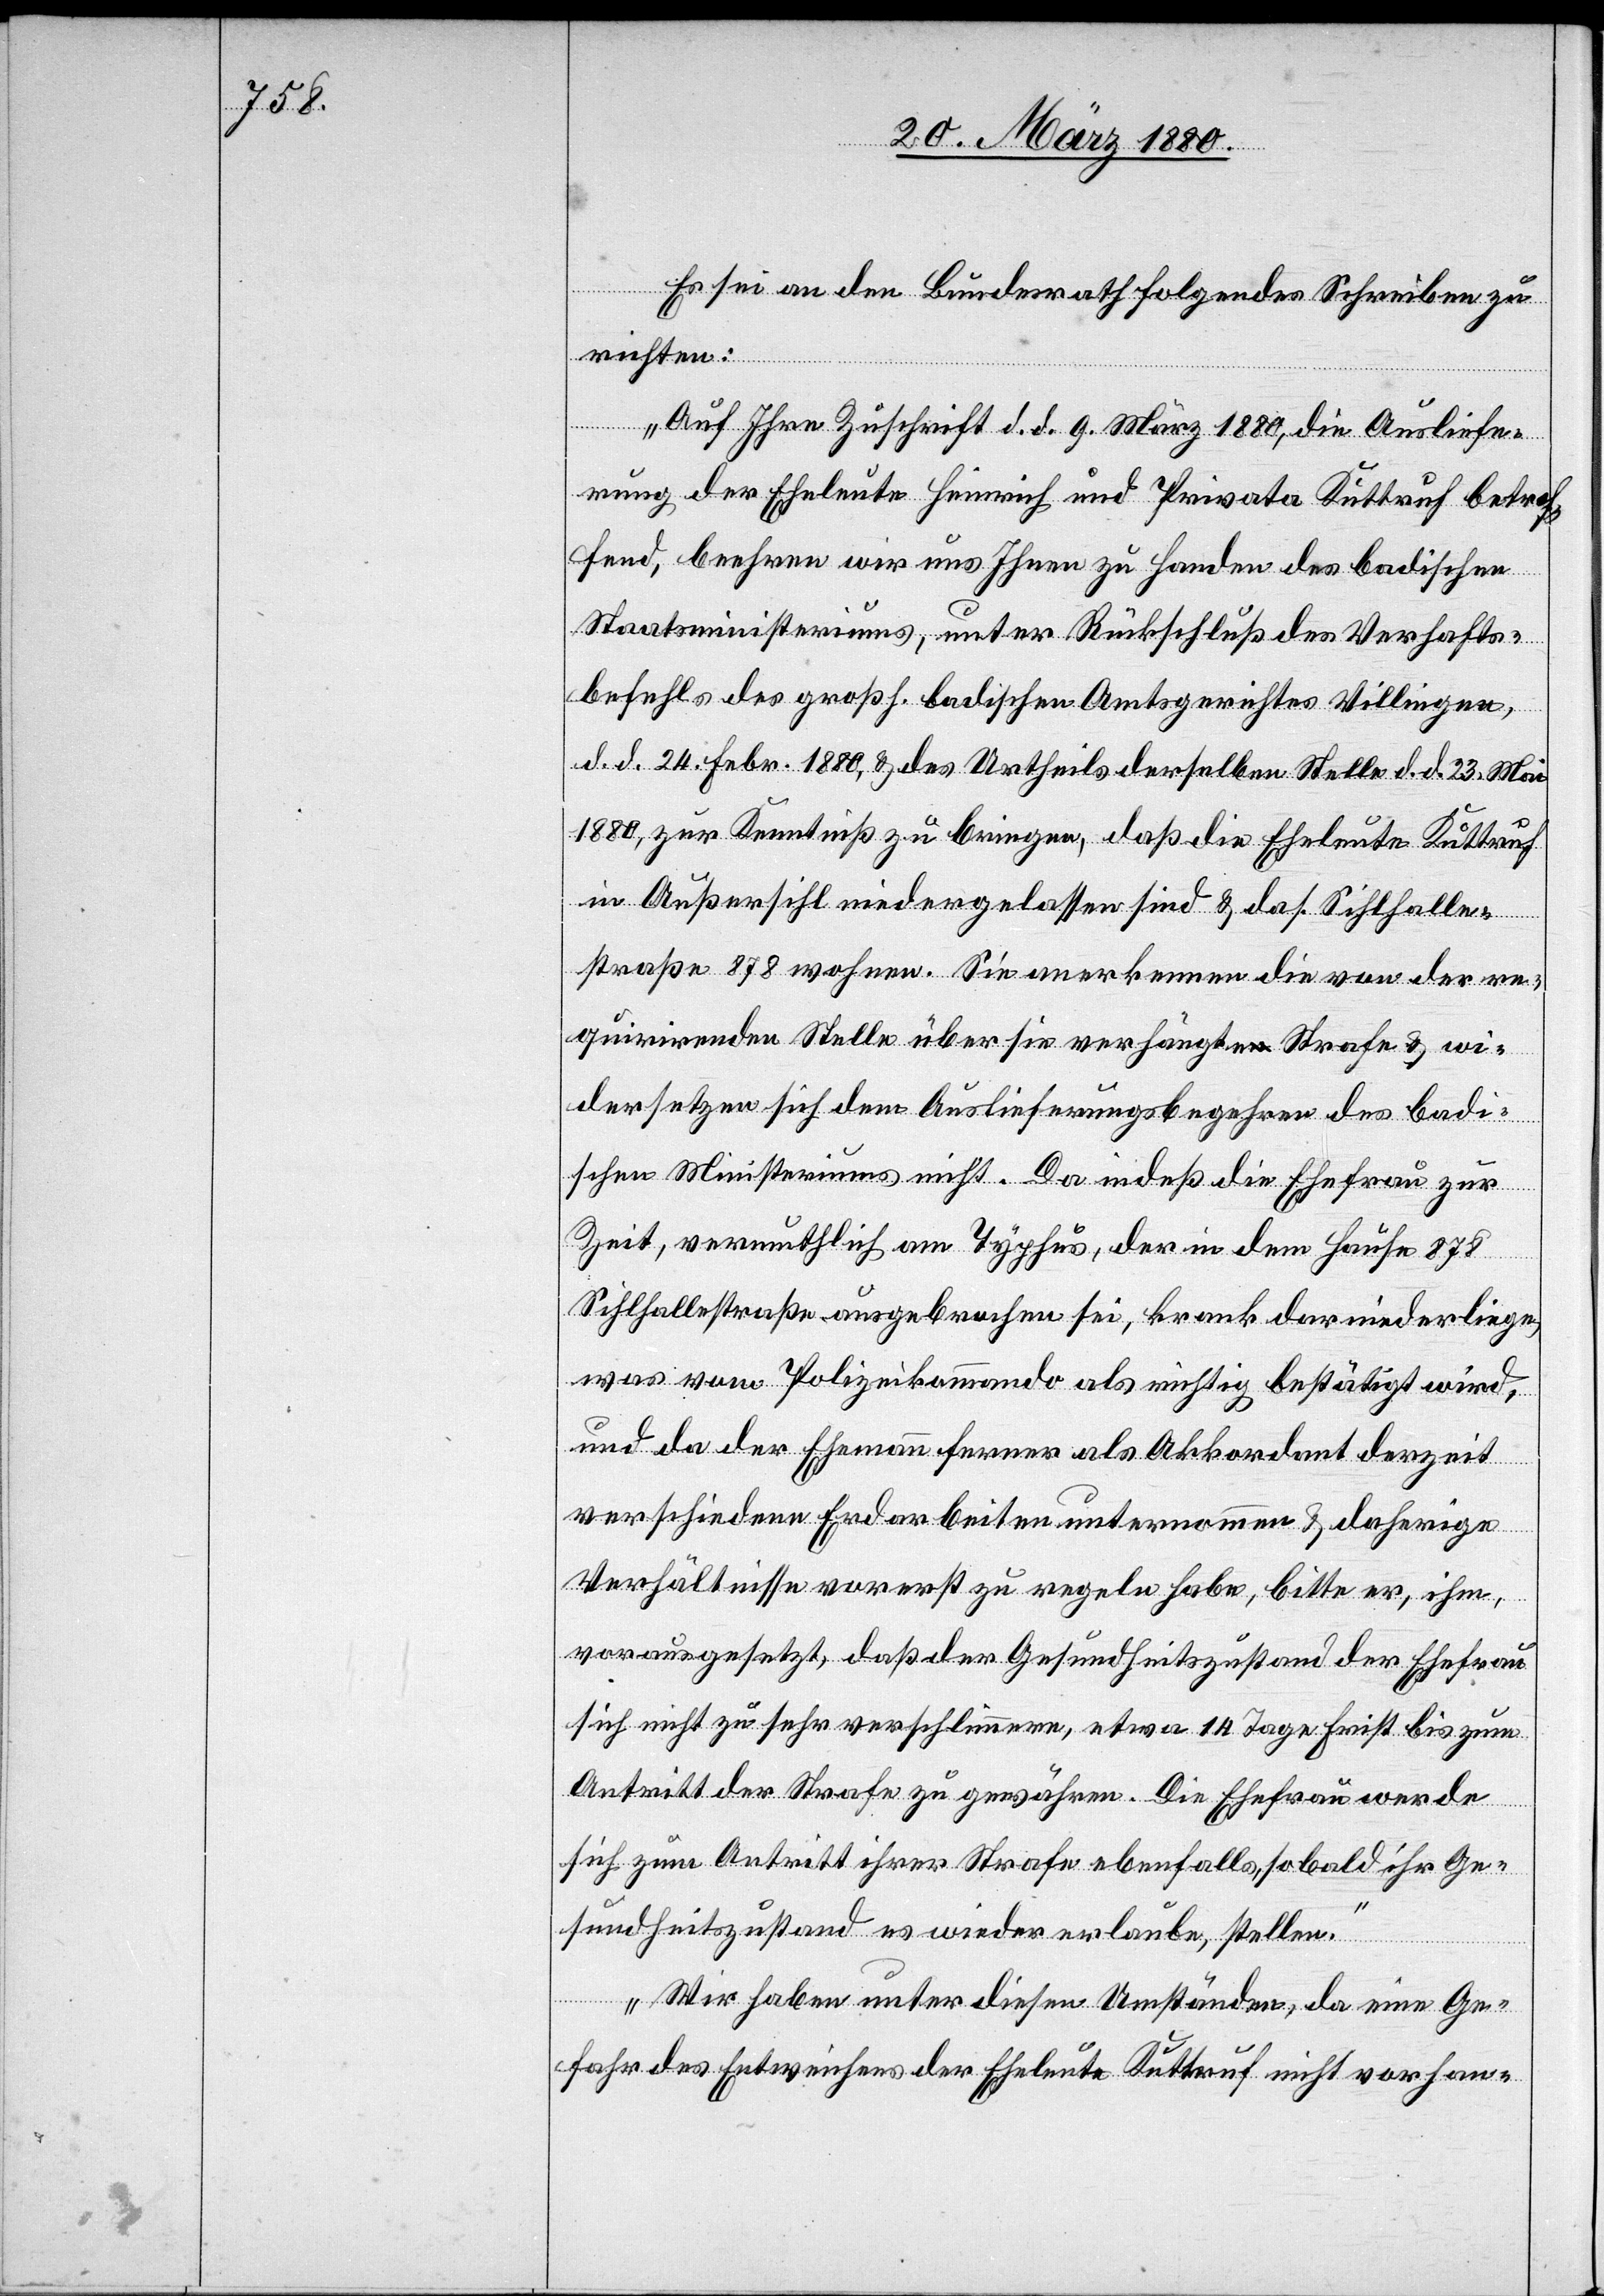
Es sei an den Bundesrath folgendes Schreiben zu
richten:
„Auf Ihre Zuschrift d. d. 9. März 1880, die Ausliefe¬
rung der Eheleute Heinrich und Privata Kuttruf betref¬
fend, beehren wir uns Ihnen zu Handen des badischen
Staatsministeriums, unter Rückschluß des Verhafts¬
befehls des großh. badischen Amtsgerichtes Villingen,
d. d. 24. Febr. 1880, & des Urtheils derselben Stelle d. d. 23. Mai
1880, zur Kenntniß zu bringen, daß die Eheleute Kuttruf
in Außersihl niedergelassen sind & das. Sihlhalle¬
straße 878 wohnen. Sie anerkennen die von der re¬
quirirenden Stelle über sie verhängtea-n-a Strafe & wi¬
dersetzen sich dem Auslieferungsbegehren des badi¬
schen Ministeriums nicht. Da indeß die Ehefrau zur
Zeit, vermuthlich am Typhus, der in dem Hause 878
Sihlhallestraße ausgebrochen sei, krank darniederliege,
was vom Polizeikommando als richtig bestätigt wird,
und da der Ehemann ferner als Akkordant derzeit
verschiedene Erdarbeiten unternommen & daherige
Verhältnisse vorerst zu regeln habe, bitte er, ihm,
vorausgesetzt, daß der Gesundheitszustand der Ehefrau
sich nicht zu sehr verschlimmere, etwa 14 Tage Frist bis zum
Antritt der Strafe zu gewähren. Die Ehefrau werde
sich zum Antritt ihrer Strafe ebenfalls sobald ihr Ge¬
sundheitszustand es wieder erlaube, stellen.
Wir haben unter diesen Umständen, da eine Ge¬
fahr des Entweichens der Eheleute Kuttruf nicht vorhan-